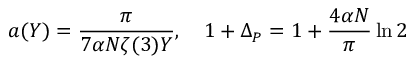
a ( Y ) = \frac { \pi } { 7 \alpha N \zeta ( 3 ) Y } , \ \ \ 1 + \Delta _ { P } = 1 + \frac { 4 \alpha N } { \pi } \ln 2